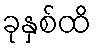
ခုနှစ်ထိ